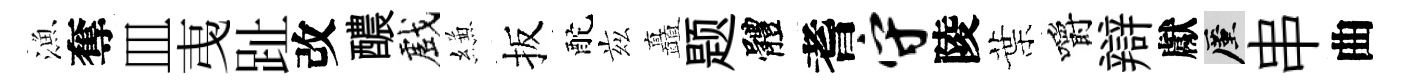
漁奪皿𢎯趾改醲戲縑扳酡兹矗题體耆守陵葉嚼辯獻厪串曲